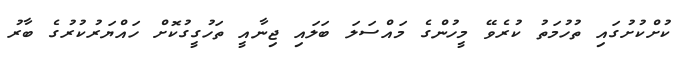
ކުށްކުށުގައި ތުހުމަތު ކުރެވޭ މީހުންގެ މައްސަލަ ބަލައި ޖިނާއީ ތަހުގީގުކޮށް ހައްޔަރުކުރުުގެ ބާރު